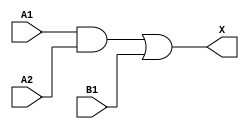
module sky130_fd_sc_hvl__a21o (
    X ,
    A1,
    A2,
    B1
);

    // Module ports
    output X ;
    input  A1;
    input  A2;
    input  B1;

    // Local signals
    wire and0_out ;
    wire or0_out_X;

    //  Name  Output     Other arguments
    and and0 (and0_out , A1, A2         );
    or  or0  (or0_out_X, and0_out, B1   );
    buf buf0 (X        , or0_out_X      );

endmodule